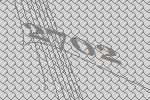
2702